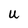
Character: U